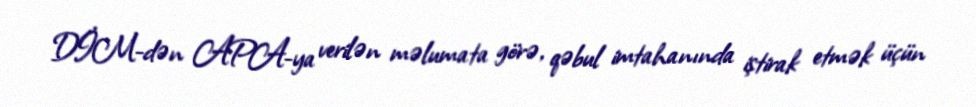
DİM-dən APA-ya verilən məlumata görə, qəbul imtahanında iştirak etmək üçün